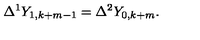
\Delta ^ { 1 } Y _ { 1 , k + m - 1 } = \Delta ^ { 2 } Y _ { 0 , k + m } .